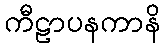
ကီဠာပနကာနိ